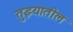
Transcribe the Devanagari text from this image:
तुझ्यातील